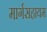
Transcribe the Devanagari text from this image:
मार्गसहायम